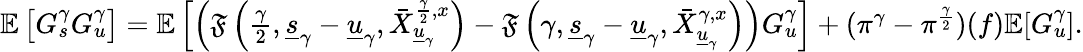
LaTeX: \begin{array}{r}{\mathbb{E}\left[G_{s}^{\gamma}G_{u}^{\gamma}\right]=\mathbb{E}\left[\left(\mathfrak{F}\left(\frac{\gamma}{2},\underline{{s}}_{\gamma}-\underline{{u}}_{\gamma},\bar{X}_{\underline{{u}}_{\gamma}}^{\frac{\gamma}{2},x}\right)-\mathfrak{F}\left({\gamma},\underline{{s}}_{\gamma}-\underline{{u}}_{\gamma},\bar{X}_{\underline{{u}}_{\gamma}}^{\gamma,x}\right)\right)G_{u}^{\gamma}\right]+(\pi^{\gamma}-\pi^{\frac{\gamma}{2}})(f)\mathbb{E}[G_{u}^{\gamma}].}\end{array}